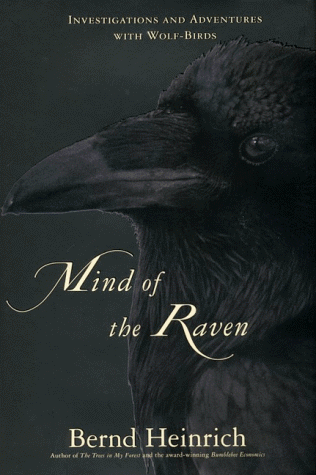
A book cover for Mind of the Raven: Investigations and Adventures with Wolf-Birds; Bernd Heinrich; Humor & Entertainment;